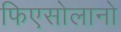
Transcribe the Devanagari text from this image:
फिएसोलानो